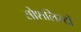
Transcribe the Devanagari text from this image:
सोशलिस्टों